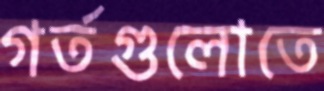
গর্তগুলোতে